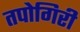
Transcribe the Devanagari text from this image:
तपोगिरी